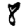
Digit: 8